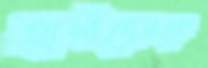
প্রার্থীদেরকে